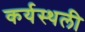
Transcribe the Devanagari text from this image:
कर्यस्थली